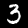
Digit: 3